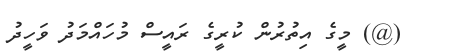
(@) މީގެ އިތުރުން ކުރީގެ ރައީސް މުހައްމަދު ވަހީދު